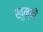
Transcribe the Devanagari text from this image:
खुम्बों